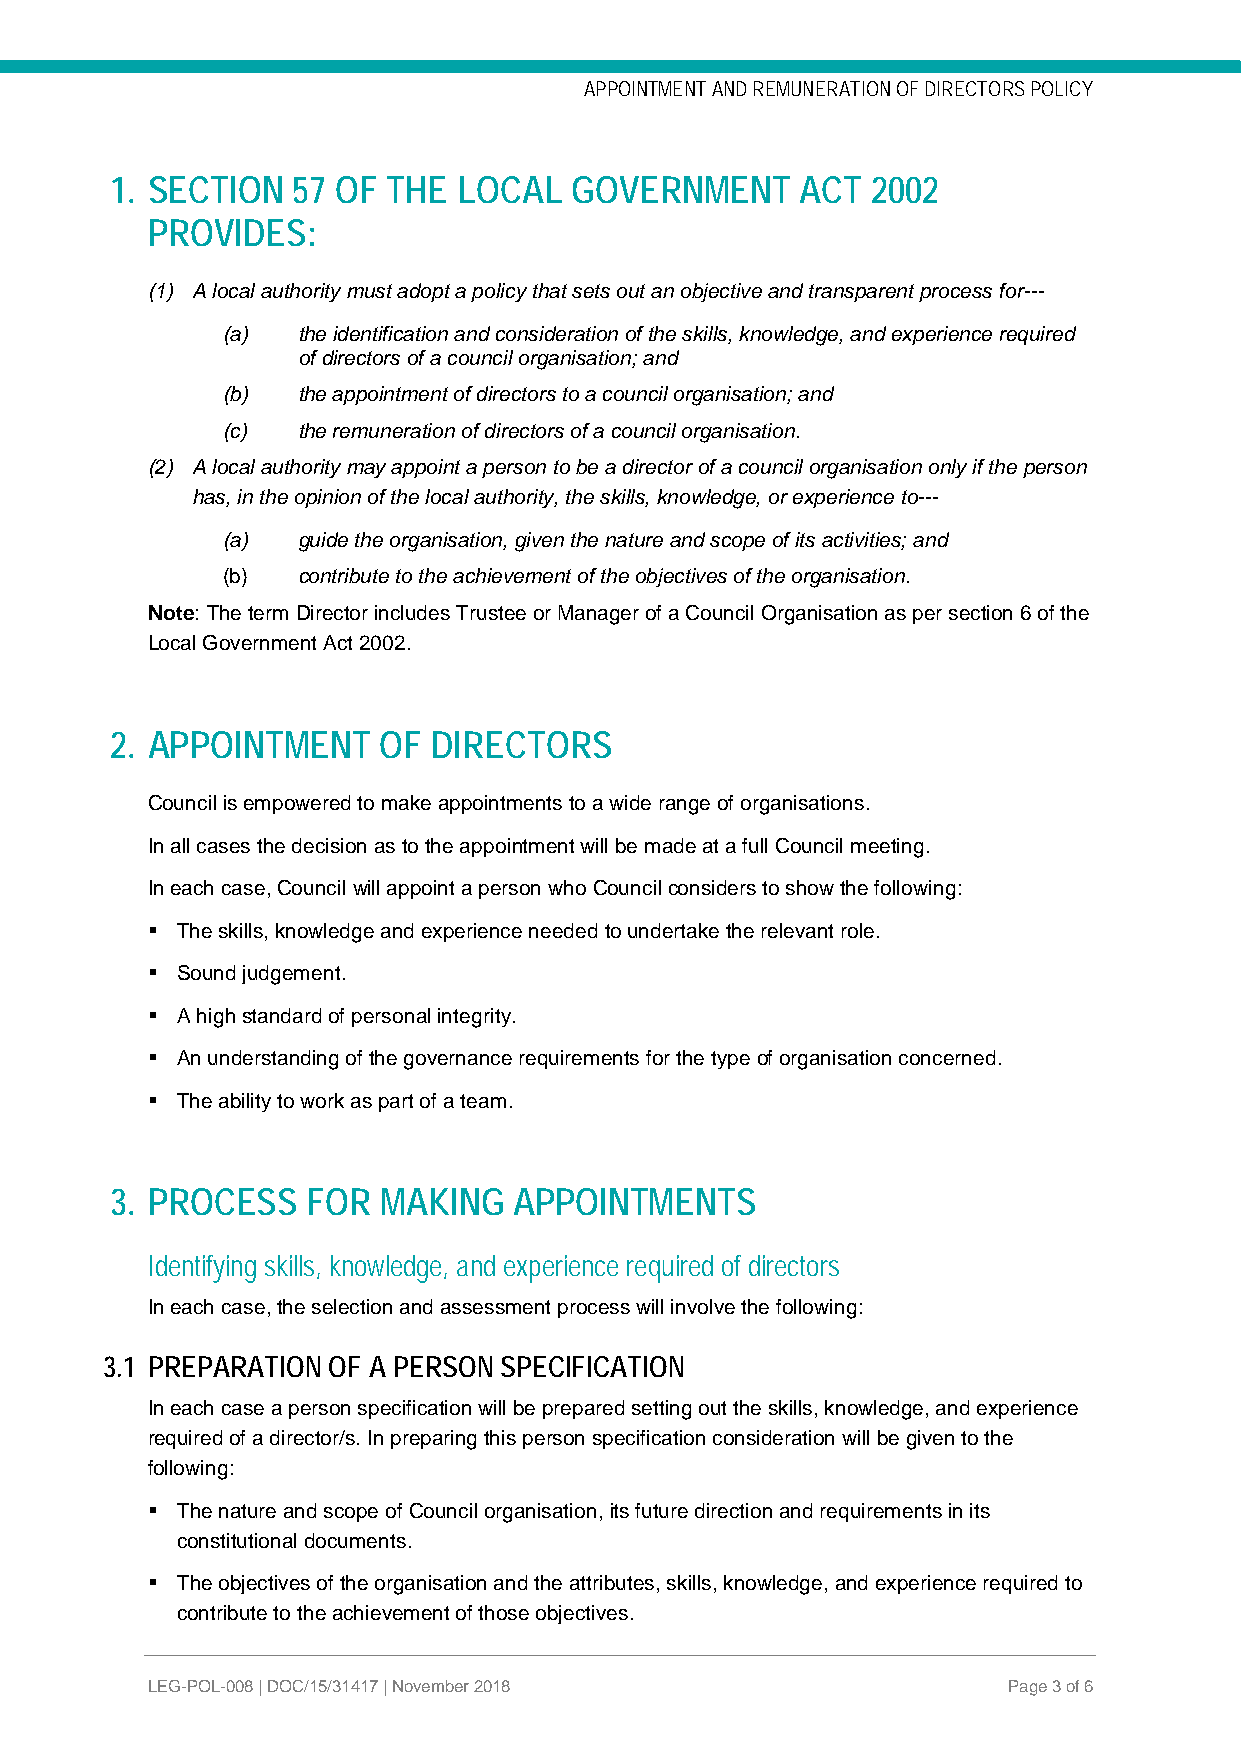
APPOINTMENT AND REMUNERATION OF DIRECTORS POLICY
 1. SECTION  57 OF  THE LOCAL   GOVERNMENT     ACT  2002
 PROVIDES:
 (1) A local authority must adopt a policy that sets out an objective and transparent process for---
 (a)  the identification and consideration of the skills, knowledge, and experience required
 of directors of a council organisation; and
 (b)  the appointment of directors to a council organisation; and
 (c)  the remuneration of directors of a council organisation.
 (2) A local authority may appoint a person to be a director of a council organisation only if the person
 has, in the opinion of the local authority, the skills, knowledge, or experience to---
 (a)  guide the organisation, given the nature and scope of its activities; and
 (b)  contribute to the achievement of the objectives of the organisation.
 Note: The term Director includes Trustee or Manager of a Council Organisation as per section 6 of the
 Local Government Act 2002.
 2. APPOINTMENT    OF  DIRECTORS
 Council is empowered to make appointments to a wide range of organisations.
 In all cases the decision as to the appointment will be made at a full Council meeting.
 In each case, Council will appoint a person who Council considers to show the following:
  The skills, knowledge and experience needed to undertake the relevant role.
  Sound judgement.
  A high standard of personal integrity.
  An understanding of the governance requirements for the type of organisation concerned.
  The ability to work as part of a team.
 3. PROCESS   FOR  MAKING   APPOINTMENTS
 Identifying skills, knowledge, and experience required of directors
 In each case, the selection and assessment process will involve the following:
 3.1 PREPARATION OF A PERSON SPECIFICATION
 In each case a person specification will be prepared setting out the skills, knowledge, and experience
 required of a director/s. In preparing this person specification consideration will be given to the
 following:
  The nature and scope of Council organisation, its future direction and requirements in its
 constitutional documents.
  The objectives of the organisation and the attributes, skills, knowledge, and experience required to
 contribute to the achievement of those objectives.
 LEG-POL-008 | DOC/15/31417 | November 2018               Page 3 of 6